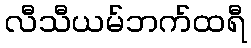
လီသီယမ်ဘက်ထရီ